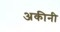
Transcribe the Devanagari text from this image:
अकीनी